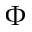
\Phi